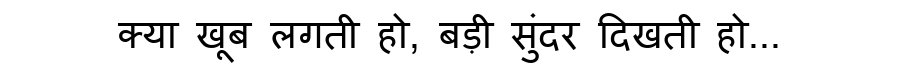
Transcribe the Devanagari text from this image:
क्या खूब लगती हो, बड़ी सुंदर दिखती हो...